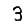
Digit: 3